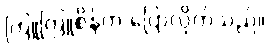
ကြူကြူစိန်က ပြောလိုက်သည်။